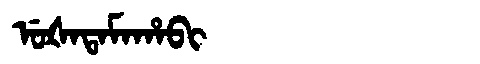
Manchu: ᡠᡧᠠᡨᠠᠮᠠᡥᠠᠪᡳ
Romanization: UŠATAMAHABI